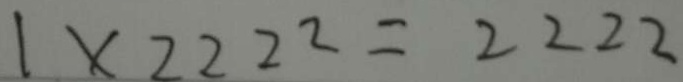
1 \times 2 2 2 2 = 2 2 2 2